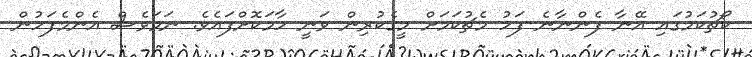
ކޯޗުކަމުގައި އޭނާ ފެންނާނެ ފަހު މެޗުކަމަށް މީގެކުރިން ވަނީ ހާމަކޮށްފައެވެ. ނަމަވެސް އެންމެފަހުން